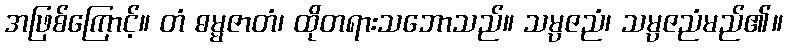
အဖြစ်ကြောင့်။ တံ ဓမ္မဇာတံ၊ ထိုတရားသဘောသည်။ သမ္ပဇညံ၊ သမ္ပဇညံမည်၏။